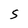
Character: S